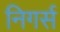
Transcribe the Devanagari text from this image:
निगर्स